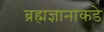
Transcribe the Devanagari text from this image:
ब्रह्मज्ञानाकडे